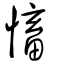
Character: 慉